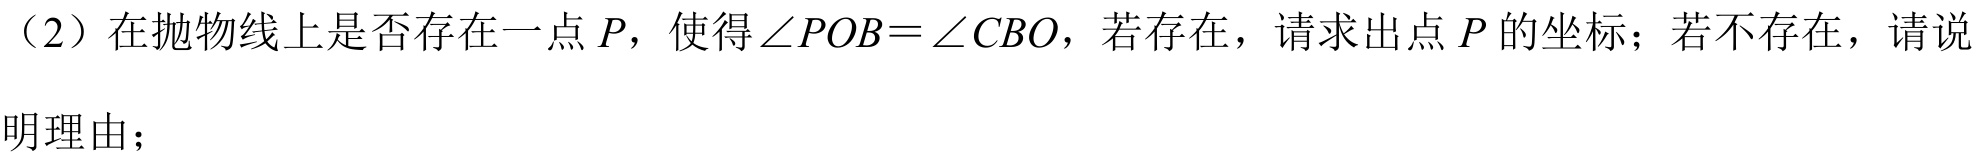
（2）在抛物线上是否存在一点$P$，使得$\angle POB=\angle CBO$，若存在，请求出点$P$的坐标；若不存在，请说明理由；